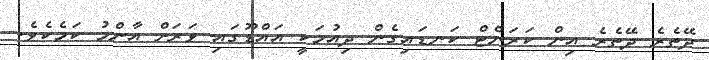
ދޭތެރެ ދޭތެރެ އިން ކަރަންޓް ކަނޑައިގެން ދިއުމަކީ އައްޑޫގައި ވަރަށް އާންމު ކަމެކެވެ.